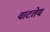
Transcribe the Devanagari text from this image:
वाटतेय